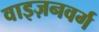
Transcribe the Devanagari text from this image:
वाइज़नवर्ग